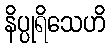
နိပ္ပုရိသေဟိ